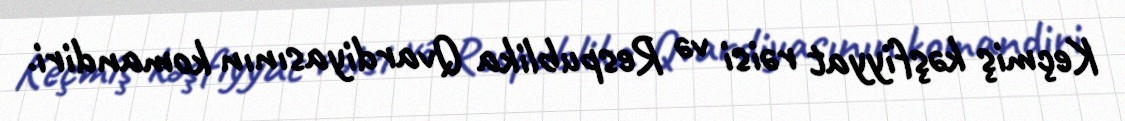
Keçmiş kəşfiyyat rəisi və Respublika Qvardiyasının komandiri.